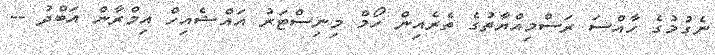
ނެގުމުގެ ހާއްސަ ރަސްމިއްޔާތުގެ ތެރެއިން ހޯމް މިނިސްޓަރު އައްޝެއިހް އިމްރާން އަބްދު --